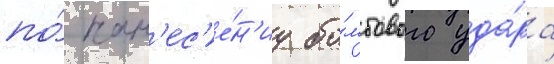
по́ нан'ес'е́н'иу бо́мбового уда́ра